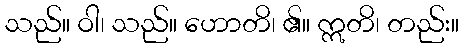
သည်။ ဝါ၊ သည်။ ဟောတိ၊ ၏။ ဣတိ၊ တည်း။